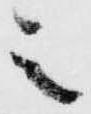
之